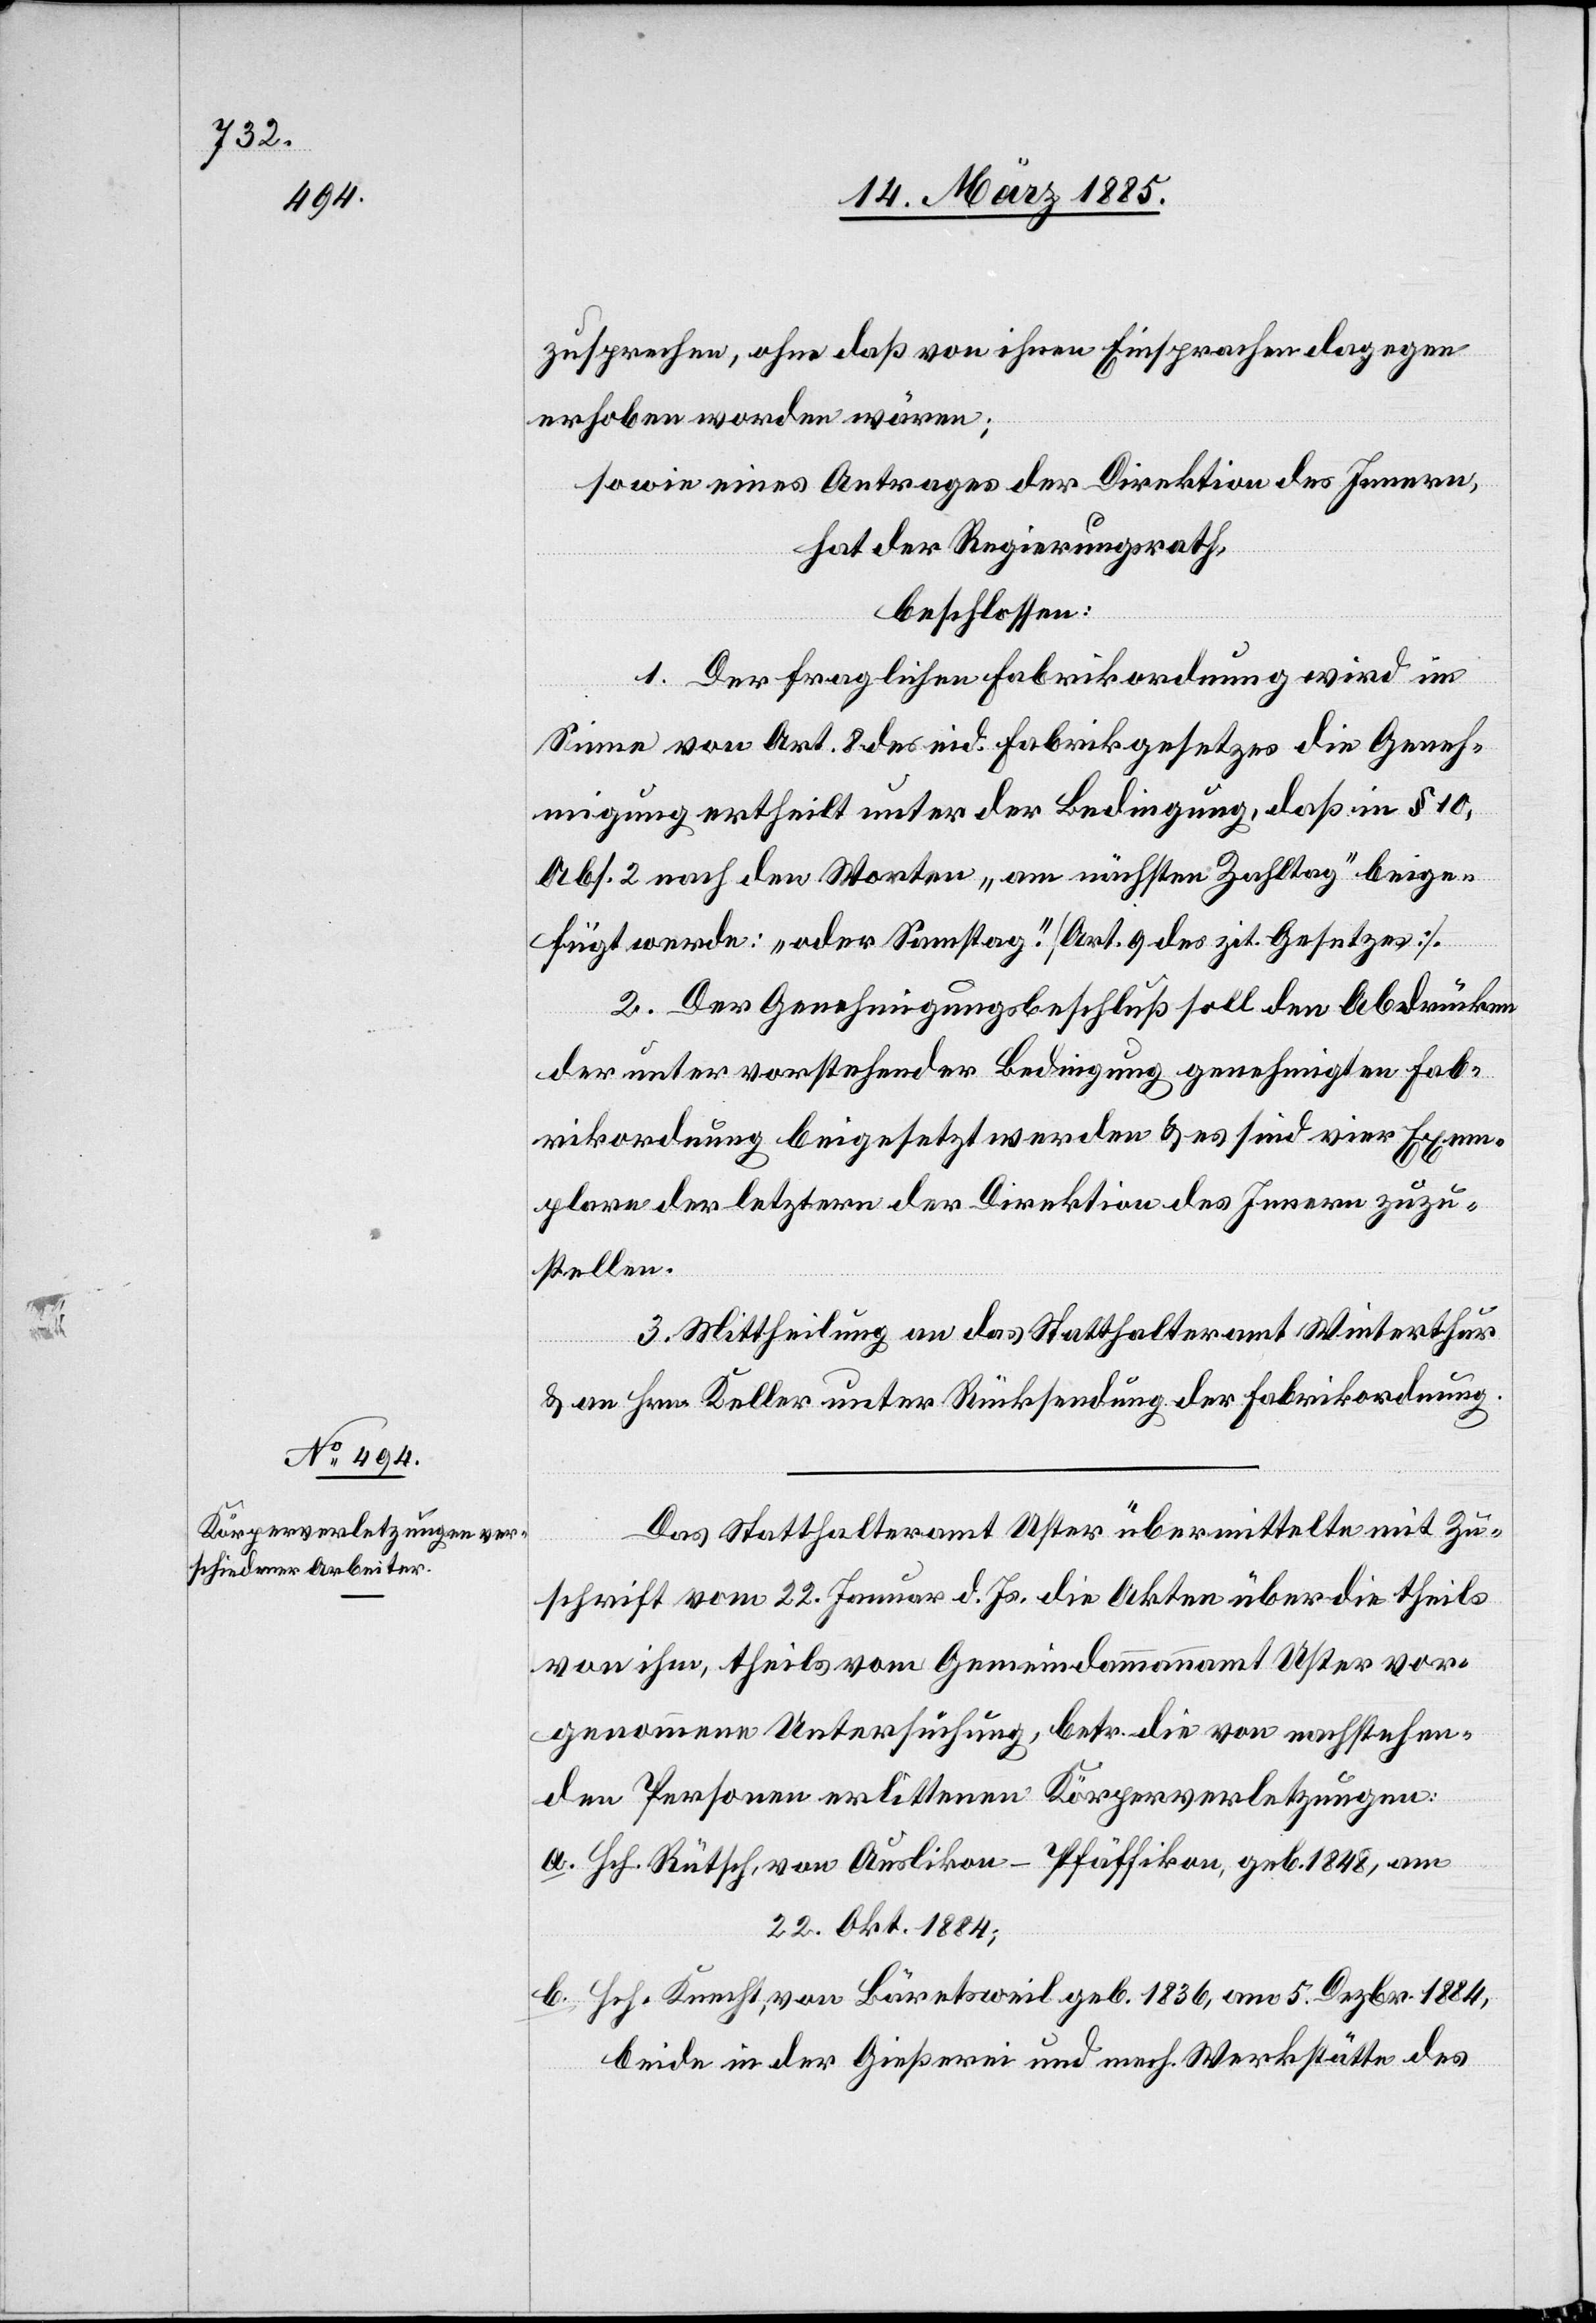
zusprechen, ohne daß ihnen Einsprachen dagegen
erhoben worden wären;
sowie eines Antrages der Direktion des Innern,
hat der Regierungsrath,
beschlossen:
1. Der fraglichen Fabrikordnung wird im
Sinne von Art. 8 des eid. Fabrikgesetzes die Geneh¬
migung ertheilt unter der Bedingung, daß in § 10,
Abs. 2 nach den Worten „am nächsten Zahltag“ beige¬
fügt werde: „oder Samstag“. [Art.9 des zit. Gesetzes].
2. Der Genehmigungsbeschluß soll den Abdrücken
der unter vorstehender Bedingung genehmigten Fab¬
rikordnung beigesetzt werden & es sind vier Exem¬
plare der letztern der Direktion des Innern zuzu¬
stellen.
3. Mittheilung an das Statthalteramt Winterthur
& an Hrn. Keller unter Rücksendung der Fabrikordnung.
Das Statthalteramt Uster übermittelte mit Zu¬
schrift vom 22. Januar d. Js. die Akten über die theils
von ihm, theils vom Gemeindammannamt Uster vor¬
genommene Untersuchung, betr. die von nachstehen¬
den Personen erlittenen Körperverletzungen:
a. Hch. Rütsch, von Auslikon - Pfäffikon, geb. 1848, am
22. Okt. 1884;
b. Hch. Knecht, von Bäretsweil geb. 1836, am 5. Dezbr. 1884,
beide in der Gießerei und mech. Werkstätte des